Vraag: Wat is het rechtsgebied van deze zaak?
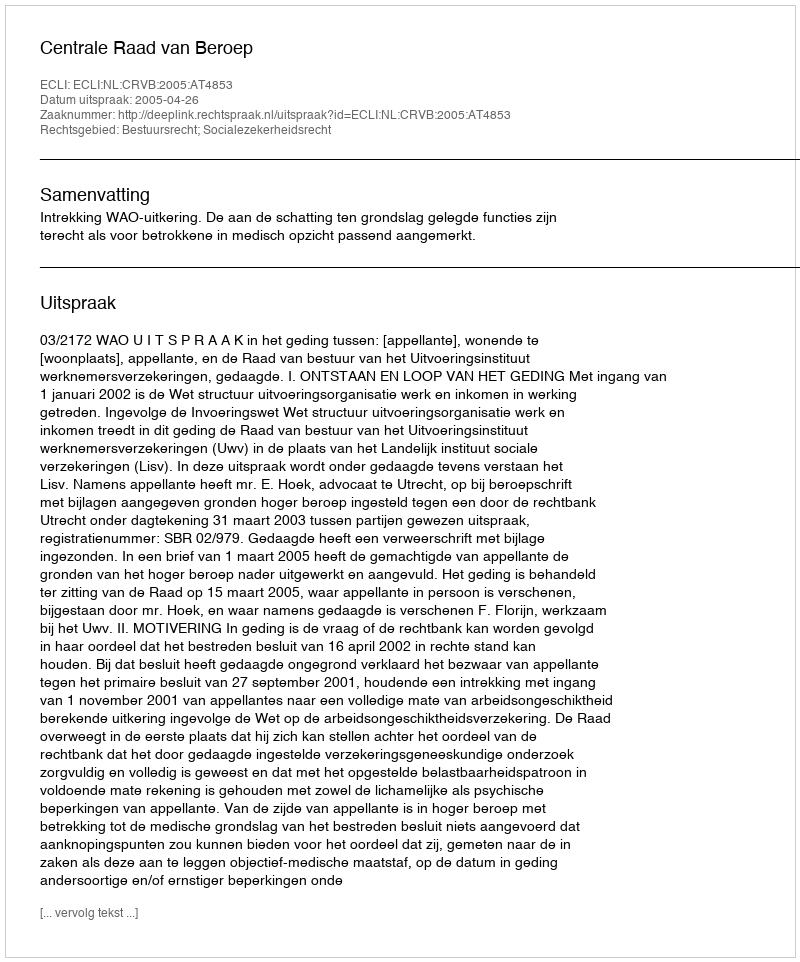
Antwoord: Bestuursrecht; Socialezekerheidsrecht